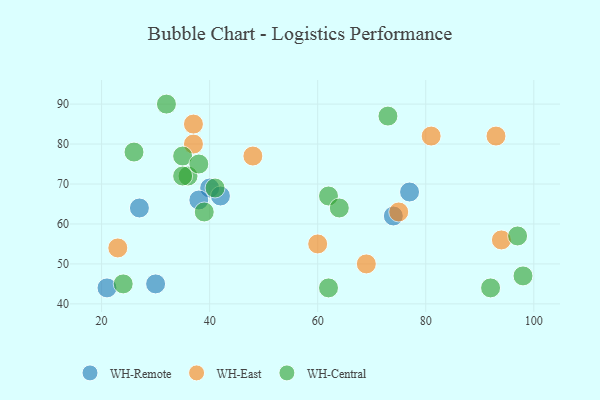
{"axis": {"x": "GDP", "y": "Life Expectancy"}, "legend": ["WH-Central", "WH-East", "WH-Remote"], "data": [{"x": "21", "y": 44, "type": "WH-Remote"}, {"x": "30", "y": 45, "type": "WH-Remote"}, {"x": "40", "y": 69, "type": "WH-Remote"}, {"x": "27", "y": 64, "type": "WH-Remote"}, {"x": "74", "y": 62, "type": "WH-Remote"}, {"x": "42", "y": 67, "type": "WH-Remote"}, {"x": "77", "y": 68, "type": "WH-Remote"}, {"x": "38", "y": 66, "type": "WH-Remote"}, {"x": "93", "y": 82, "type": "WH-East"}, {"x": "23", "y": 54, "type": "WH-East"}, {"x": "60", "y": 55, "type": "WH-East"}, {"x": "48", "y": 77, "type": "WH-East"}, {"x": "69", "y": 50, "type": "WH-East"}, {"x": "37", "y": 80, "type": "WH-East"}, {"x": "81", "y": 82, "type": "WH-East"}, {"x": "75", "y": 63, "type": "WH-East"}, {"x": "37", "y": 85, "type": "WH-East"}, {"x": "94", "y": 56, "type": "WH-East"}, {"x": "98", "y": 47, "type": "WH-Central"}, {"x": "26", "y": 78, "type": "WH-Central"}, {"x": "24", "y": 45, "type": "WH-Central"}, {"x": "36", "y": 72, "type": "WH-Central"}, {"x": "35", "y": 77, "type": "WH-Central"}, {"x": "39", "y": 63, "type": "WH-Central"}, {"x": "92", "y": 44, "type": "WH-Central"}, {"x": "35", "y": 72, "type": "WH-Central"}, {"x": "62", "y": 67, "type": "WH-Central"}, {"x": "32", "y": 90, "type": "WH-Central"}, {"x": "64", "y": 64, "type": "WH-Central"}, {"x": "38", "y": 75, "type": "WH-Central"}, {"x": "73", "y": 87, "type": "WH-Central"}, {"x": "97", "y": 57, "type": "WH-Central"}, {"x": "41", "y": 69, "type": "WH-Central"}, {"x": "62", "y": 44, "type": "WH-Central"}]}